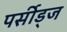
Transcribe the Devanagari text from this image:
पर्सीड्‌ज